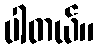
ပါတယ်။